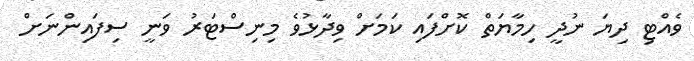
ވެއްޓި ދިޔަ ނުދީ ހިމާޔަތް ކޮށްފައި ކަމަށް ވިދާޅުވެ މިނިސްޓަރު ވަނީ ސިފައިންނަށް